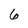
Character: 6